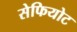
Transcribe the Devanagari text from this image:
सेफियोट